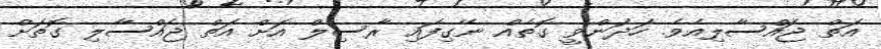
އަތް ޖައްސާލިއެވެ. ހަދަންވީ ގޮތެއް ނޭގިފައި ރާސިލް އަށް އަތް ޖައްސާލި ގޮތަށް